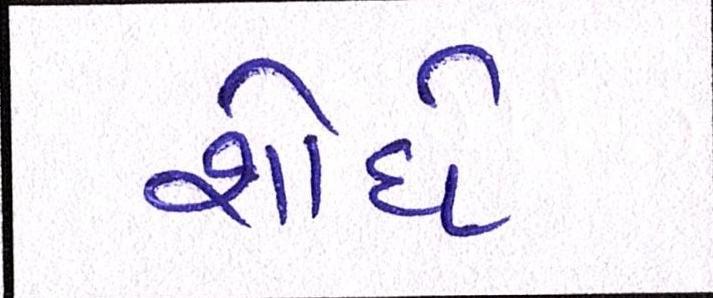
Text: શોધે